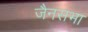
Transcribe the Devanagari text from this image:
जैनसभा